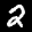
Label: 2